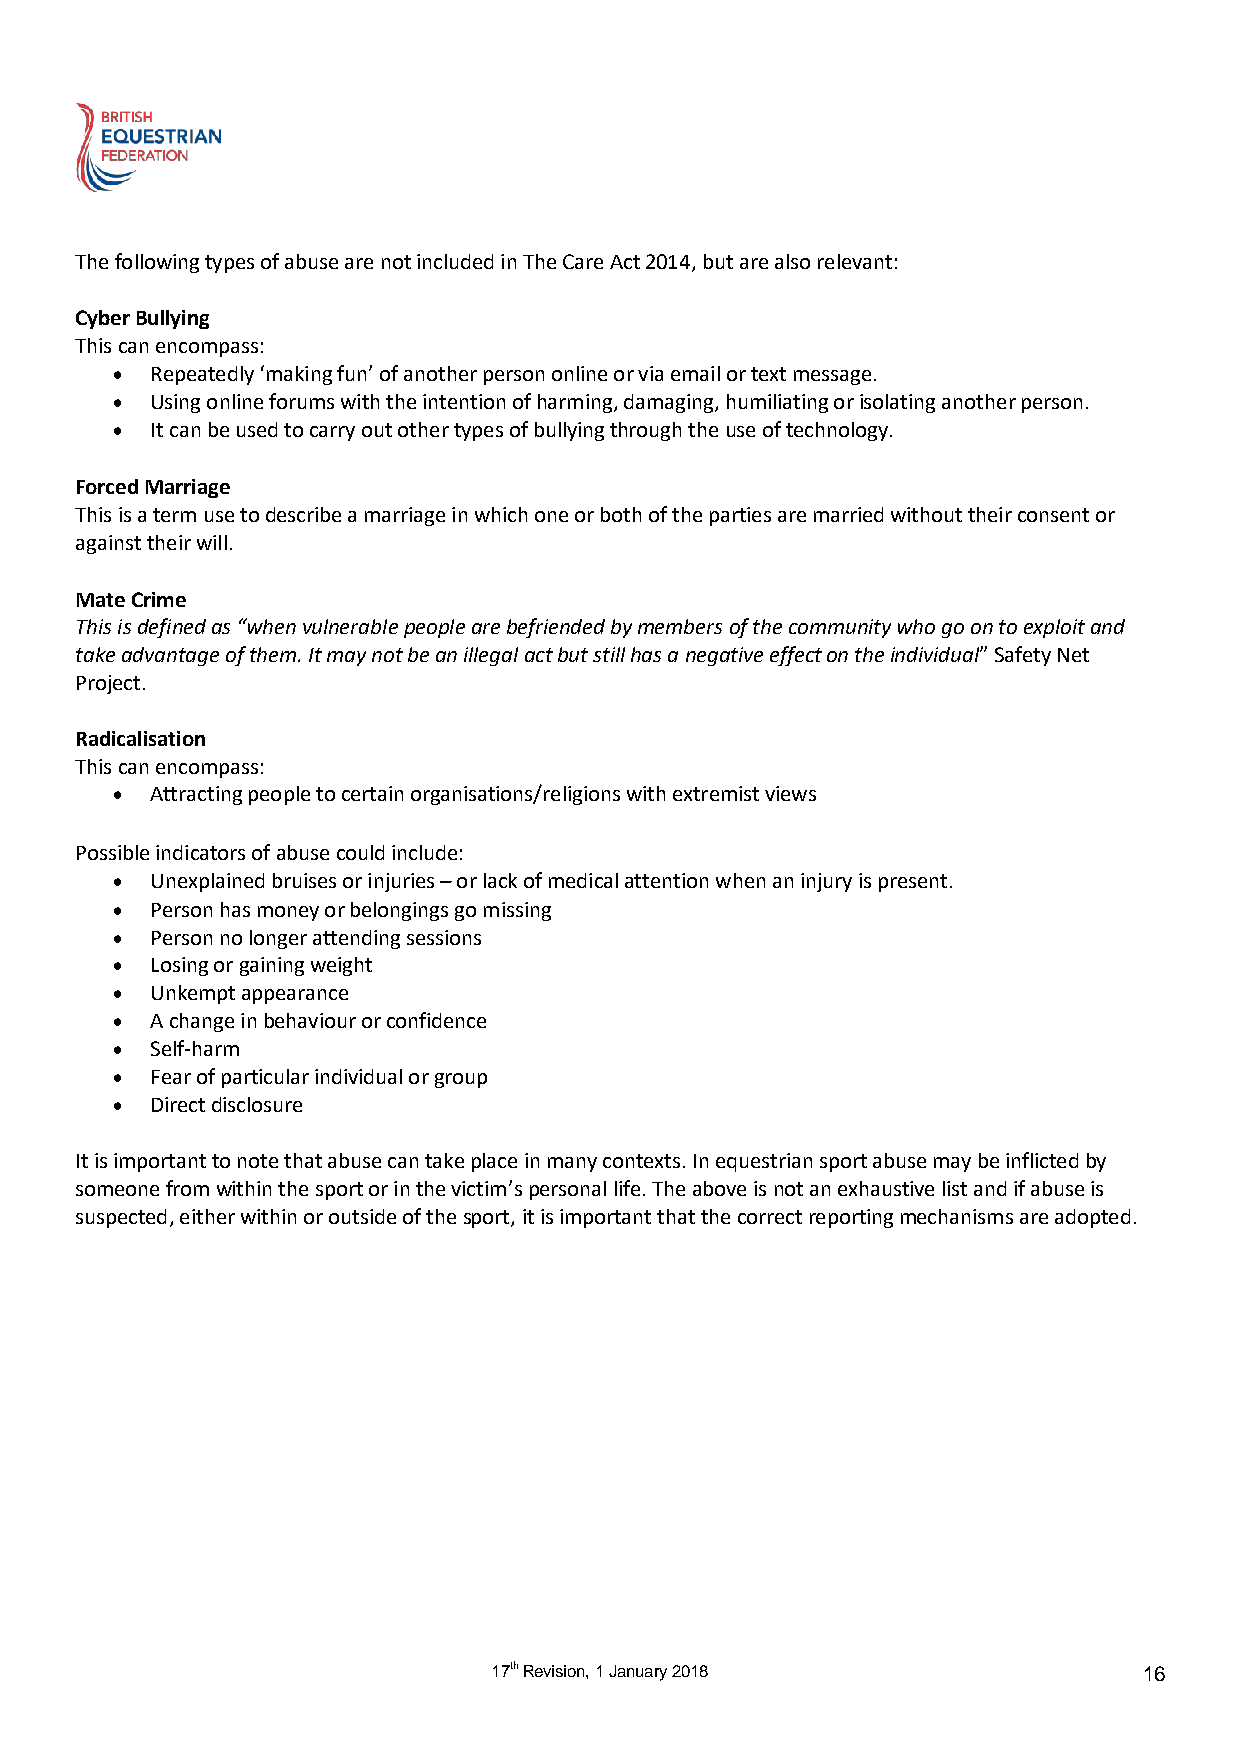
The following types of abuse are not included in The Care Act 2014, but are also relevant:
 Cyber Bullying
 This can encompass:
   Repeatedly ‘making fun’ of another person online or via email or text message.
   Using online forums with the intention of harming, damaging, humiliating or isolating another person.
   It can be used to carry out other types of bullying through the use of technology.
 Forced Marriage
 This is a term use to describe a marriage in which one or both of the parties are married without their consent or
 against their will.
 Mate Crime
 This is defined as “when vulnerable people are befriended by members of the community who go on to exploit and
 take advantage of them. It may not be an illegal act but still has a negative effect on the individual” Safety Net
 Project.
 Radicalisation
 This can encompass:
   Attracting people to certain organisations/religions with extremist views
 Possible indicators of abuse could include:
   Unexplained bruises or injuries – or lack of medical attention when an injury is present.
   Person has money or belongings go missing
   Person no longer attending sessions
   Losing or gaining weight
   Unkempt appearance
   A change in behaviour or confidence
   Self-harm
   Fear of particular individual or group
   Direct disclosure
 It is important to note that abuse can take place in many contexts. In equestrian sport abuse may be inflicted by
 someone from within the sport or in the victim’s personal life. The above is not an exhaustive list and if abuse is
 suspected, either within or outside of the sport, it is important that the correct reporting mechanisms are adopted.
 17th Revision, 1 January 2018              16